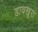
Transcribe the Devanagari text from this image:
डावखूरा